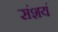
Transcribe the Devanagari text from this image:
संशयं